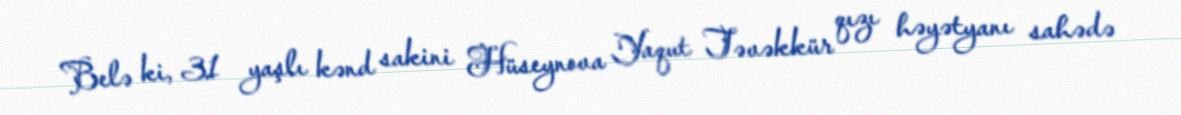
Belə ki, 31 yaşlı kənd sakini Hüseynova Yaqut Təvəkkür qızı həyətyanı sahədə